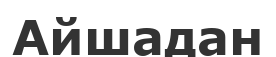
Айшадан